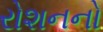
રોશનનો